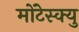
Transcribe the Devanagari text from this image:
मोंटेस्क्यु